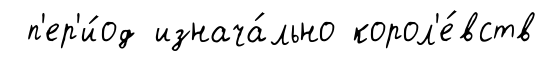
п'ер'и́од изнача́льно корол'е́вств